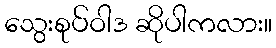
သွေးစုပ်ဝါဒ ဆိုပါကလား။